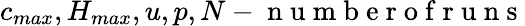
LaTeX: c_{max},H_{max},u,p,N-\mathrm{~n~u~m~b~e~r~o~f~r~u~n~s~}